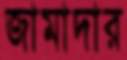
জামাদার